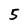
Character: 5